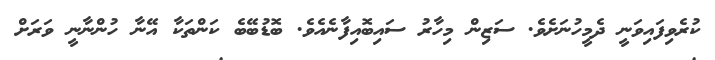
ކުރެވިފައިވަނީ ދެމީހުނަށެވެ. ސަޒިން މިހާރު ސައިބޮއިފާނެއެވެ. ބޮޑުބޭބެ ކަންތަކާ އޭނާ ހުންނާނީ ވަރަށް